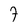
Character: 7